Rangoon Lunatic Asylum 1898-1906 - 1898-1906
Year: 1898
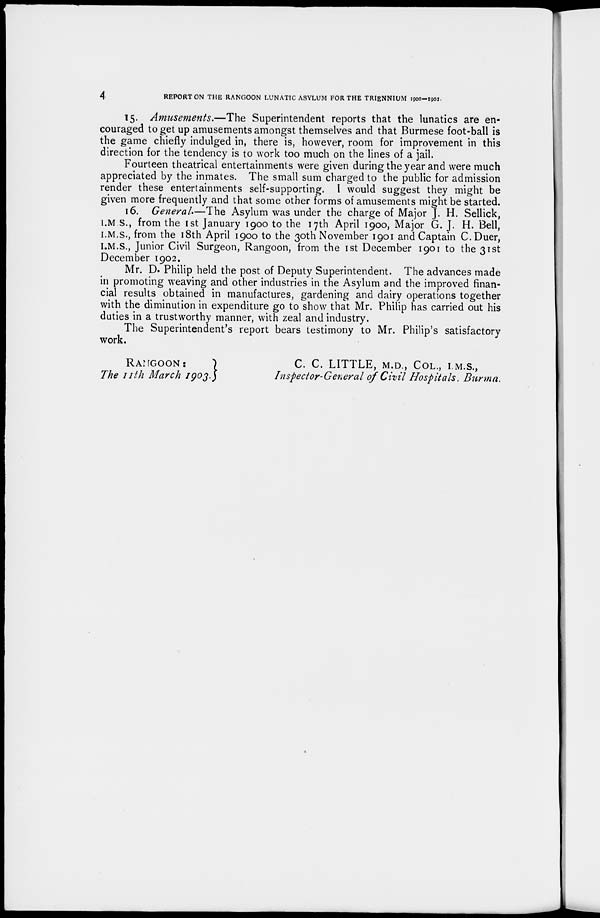
4
REPORT ON THE RANGOON LUNATIC ASYLUM FOR THE TRIENNIUM 1900-1902.
15. Amusements.—The Superintendent reports that the lunatics are en-
couraged to get up amusements amongst themselves and that Burmese foot-ball is
the game chiefly indulged in, there is, however, room for improvement in this
direction for the tendency is to work too much on the lines of a jail.
Fourteen theatrical entertainments were given during the year and were much
appreciated by the inmates. The small sum charged to the public for admission
render these entertainments self-supporting. I would suggest they might be
given more frequently and that some other forms of amusements might be started.
16. General.—The Asylum was under the charge of Major J. H. Sellick,
I.M.S., from the 1st January 1900 to the 17th April 1900, Major G. J. H. Bell,
I.M.S., from the 18th April 1900 to the 30th November 1901 and Captain C. Duer,
I.M.S., Junior Civil Surgeon, Rangoon, from the 1st December 1901 to the 31st
December 1902.
Mr. D. Philip held the post of Deputy Superintendent. The advances made
in promoting weaving and other industries in the Asylum and the improved finan-
cial results obtained in manufactures, gardening and dairy operations together
with the diminution in expenditure go to show that Mr. Philip has carried out his
duties in a trustworthy manner, with zeal and industry.
The Superintendent's report bears testimony to Mr. Philip's satisfactory
work.
RANGOON:
The 11th March 1903.
C. C. LITTLE, M.D., COL., I.M.S.,
Inspector-General of Civil Hospitals, Burma.